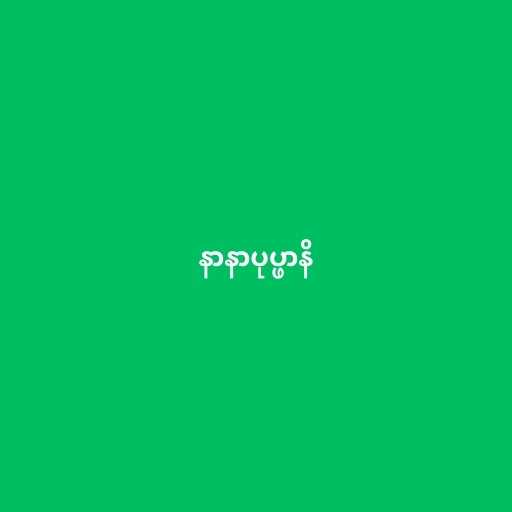
နာနာပုပ္ဖာနိ